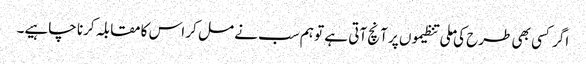
اگر کسی بھی طرح کی ملی تنظیموں پر آنچ آتی ہے تو ہم سب نے مل کر اس کا مقابلہ کرنا چاہیے۔